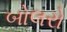
બોલરો